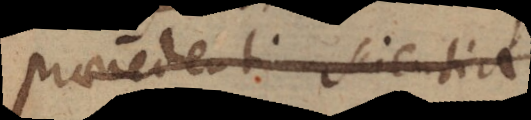
praecedenti scientia